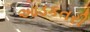
આડકતરી